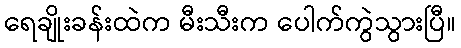
ရေချိုးခန်းထဲက မီးသီးက ပေါက်ကွဲသွားပြီ။